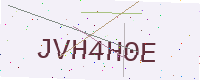
Text: JVH4H0E